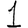
Digit: 1